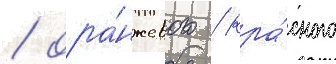
/ ора́нжевого / кра́сного